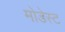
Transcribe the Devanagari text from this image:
मोडेस्ट